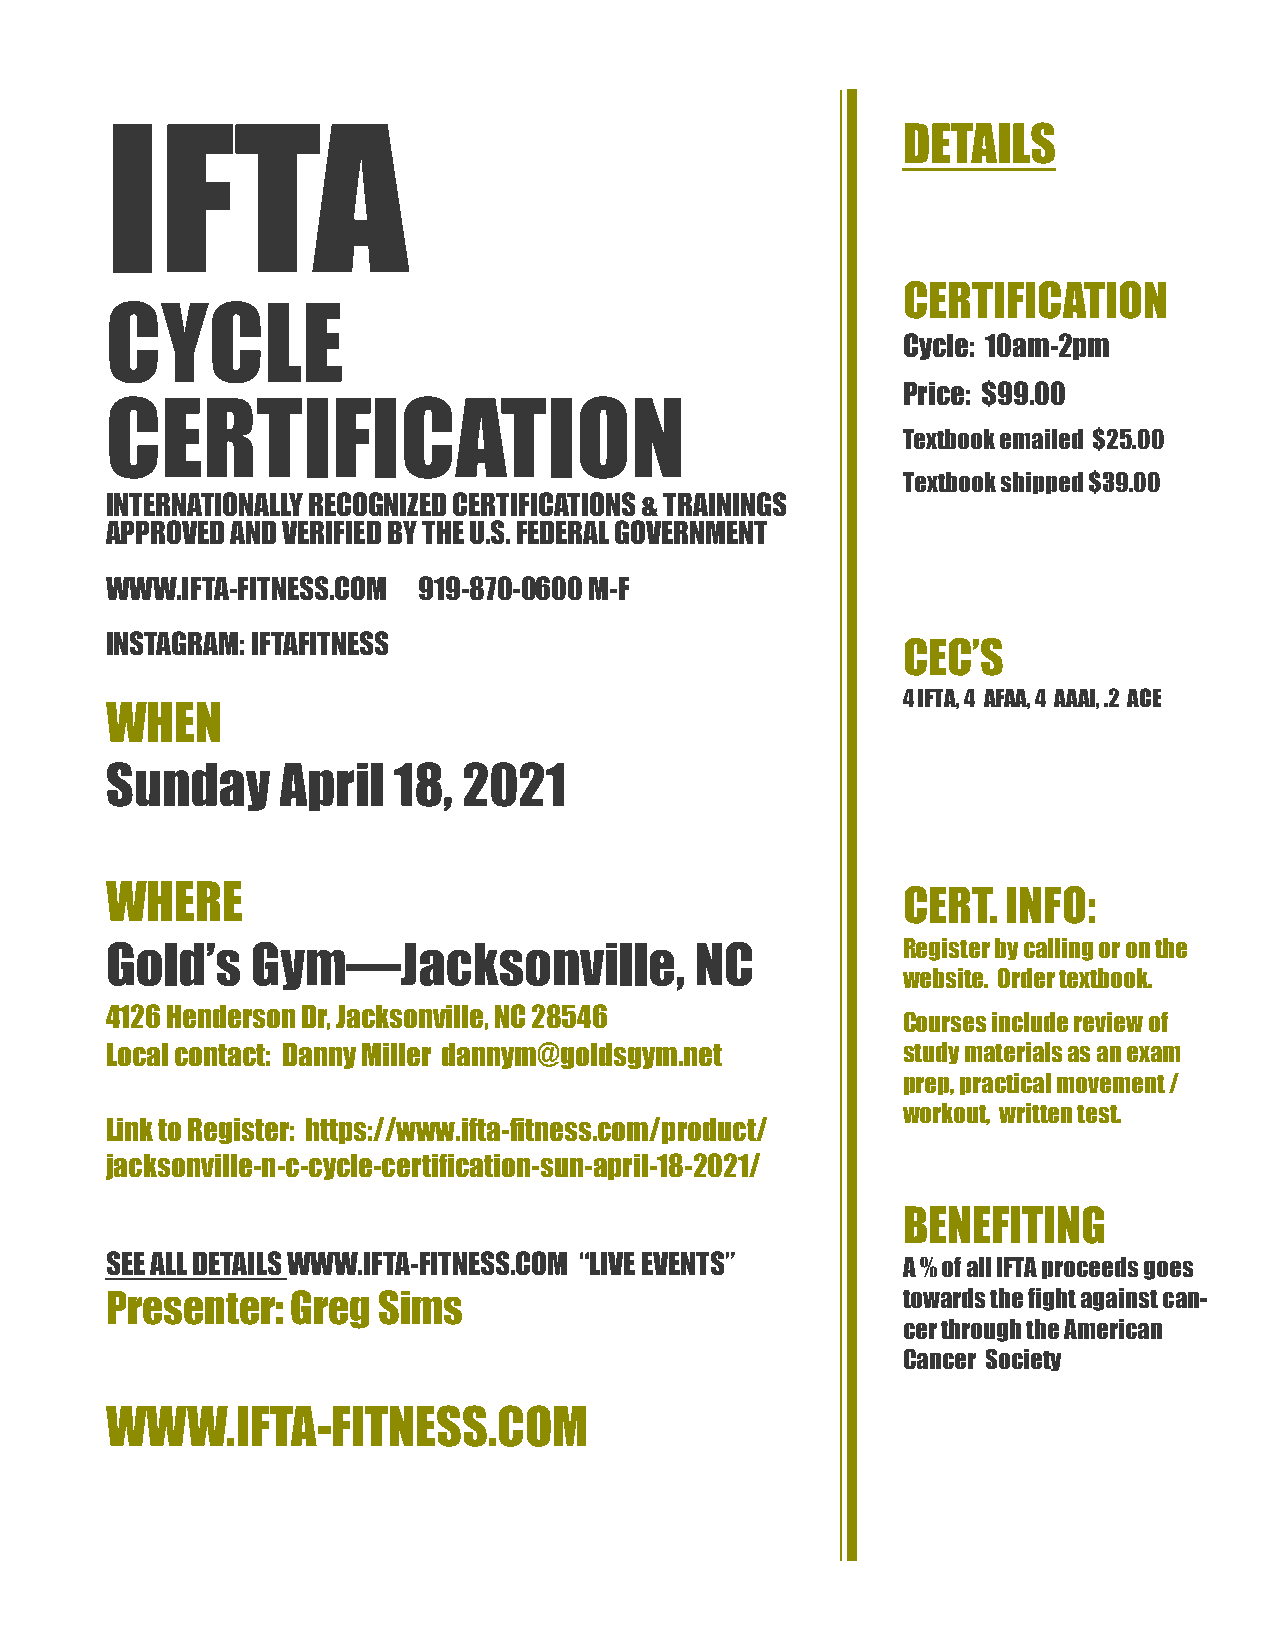
IFTA
 DETAILS
 CERTIFICATION
 CYCLE
 Cycle: 10am-2pm
 Price: $99.00
 CERTIFICATION
 Textbook emailed $25.00
 Textbook shipped $39.00
 INTERNATIONALLY RECOGNIZED CERTIFICATIONS & TRAININGS
 APPROVED AND VERIFIED BY THE U.S. FEDERAL GOVERNMENT
 WWW.IFTA-FITNESS.COM 919-870-0600 M-F
 INSTAGRAM: IFTAFITNESS                               CEC’S
 4 IFTA, 4 AFAA, 4 AAAI, .2 ACE
 WHEN
 Sunday      April  18,  2021
 WHERE                                                CERT.  INFO:
 Gold’s    Gym—Jacksonville,            NC            Register by calling or on the
 website. Order textbook.
 4126 Henderson Dr, Jacksonville, NC 28546
 Courses include review of
 Local contact: Danny Miller dannym@goldsgym.net      study materials as an exam
 prep, practical movement /
 workout, written test.
 Link to Register: https://www.ifta-fitness.com/product/
 jacksonville-n-c-cycle-certification-sun-april-18-2021/
 BENEFITING
 SEE ALL DETAILS WWW.IFTA-FITNESS.COM “LIVE EVENTS”   A % of all IFTA proceeds goes
 Presenter:  Greg  Sims                               towards the fight against can-
 cer through the American
 Cancer Society
 WWW.IFTA-FITNESS.COM